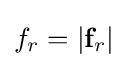
f_{r}=|\mathbf {f} _{r}|